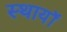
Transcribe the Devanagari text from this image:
स्थायॉ